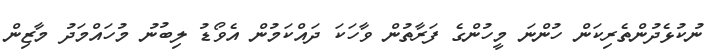
ނުކުޅެދުންތެރިކަން ހުންނަ މީހުންގެ ފަރާތުން ވާހަކަ ދައްކަމުން އެވޯޑު ލިބުނު މުހައްމަދު މާޒިން